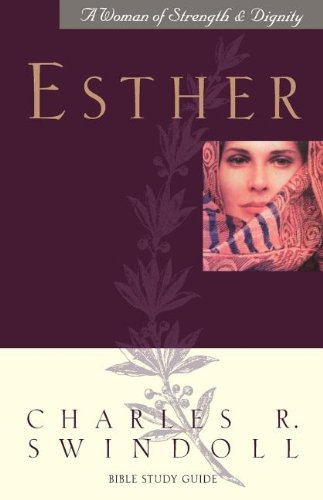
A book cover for Esther -Revised- Bible Study Guide; Charles R. Swindoll; Christian Books & Bibles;